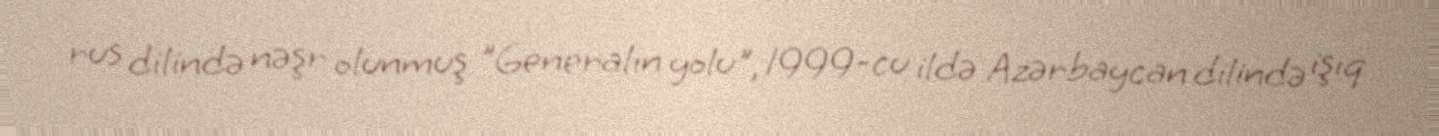
rus dilində nəşr olunmuş "Generalın yolu", 1999-cu ildə Azərbaycan dilində işıq